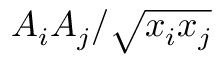
A _ { i } A _ { j } / \sqrt { x _ { i } x _ { j } }